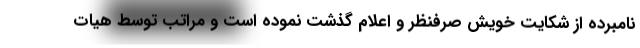
نامبرده از شکایت خویش صرفنظر و اعلام گذشت نموده است و مراتب توسط هیات